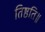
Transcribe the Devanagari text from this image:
तिष्ठति॥